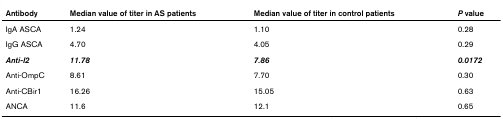
<table><thead><tr><td><b>Antibody</b></td><td><b>Median value of titer in AS patients</b></td><td><b>Median value of titer in control patients</b></td><td><b><i>P </i>value</b></td></tr></thead><tbody><tr><td>IgA ASCA</td><td>1.24</td><td>1.10</td><td>0.28</td></tr><tr><td>IgG ASCA</td><td>4.70</td><td>4.05</td><td>0.29</td></tr><tr><td><b><i>Anti-I2</i></b></td><td><b><i>11.78</i></b></td><td><b><i>7.86</i></b></td><td><b><i>0.0172</i></b></td></tr><tr><td>Anti-OmpC</td><td>8.61</td><td>7.70</td><td>0.30</td></tr><tr><td>Anti-CBir1</td><td>16.26</td><td>15.05</td><td>0.63</td></tr><tr><td>ANCA</td><td>11.6</td><td>12.1</td><td>0.65</td></tr></tbody></table>